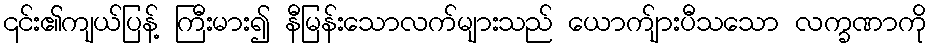
၎င်း၏ကျယ်ပြန့် ကြီးမား၍ နီမြန်းသောလက်များသည် ယောက်ျားပီသသော လက္ခဏာကို